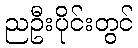
ညဦးပိုင်းတွင်